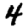
Digit: 4